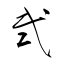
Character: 弐